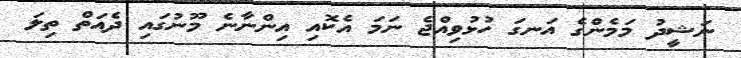
ނަޝީދު މަމެންގެ އަނގަ ހުޅުވިއްޖެ ނަމަ އެކޮއި އިންނާނެ މޫނުގައި ދެއަތް ތިލަ